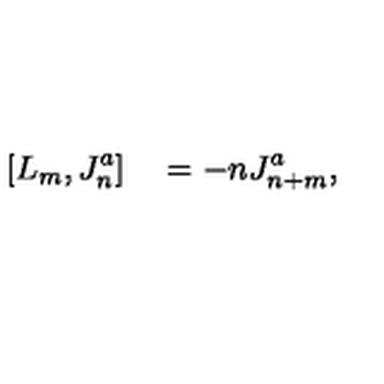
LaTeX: [ L _ { m } , J _ { n } ^ { a } ] \quad = - n J _ { n + m } ^ { a } ,